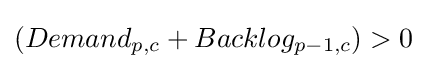
(Demand_{p,c}+Backlog_{p-1,c})>0